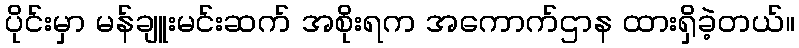
ပိုင်းမှာ မန်ချူးမင်းဆက် အစိုးရက အကောက်ဌာန ထားရှိခဲ့တယ်။